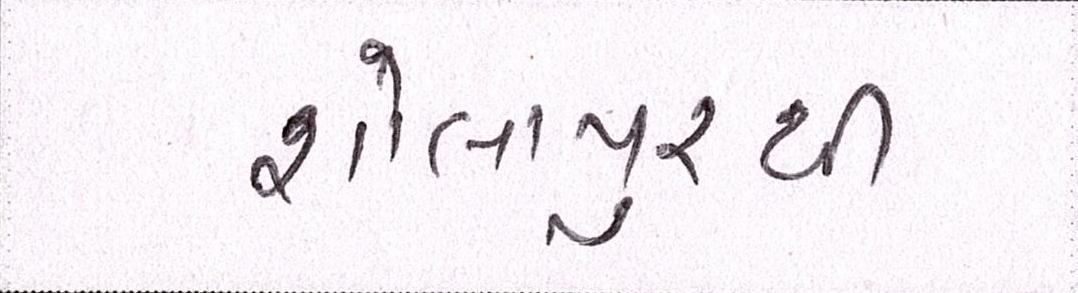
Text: શોલાપુરથી